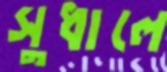
সুধালে